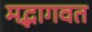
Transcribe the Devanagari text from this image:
मद्भागवत